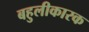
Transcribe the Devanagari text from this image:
बहुलीकारक